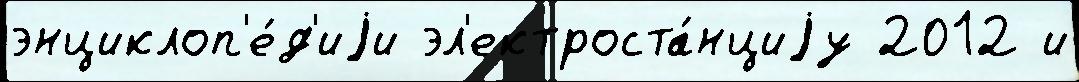
энциклоп'е́д'иjи эл'ектроста́нциjу 2012 и